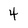
Character: 4